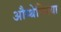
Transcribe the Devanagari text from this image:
औप्थेल्मिया